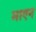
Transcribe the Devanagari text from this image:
माएन